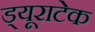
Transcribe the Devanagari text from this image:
ड्यूराटेक